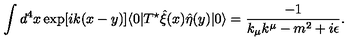
\int d ^ { 4 } x \exp [ i k ( x - y ) ] \langle 0 | T ^ { \star } \hat { \xi } ( x ) \hat { \eta } ( y ) | 0 \rangle = \frac { - 1 } { k _ { \mu } k ^ { \mu } - m ^ { 2 } + i \epsilon } .